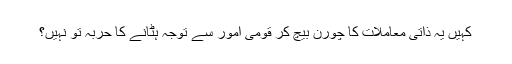
کہیں یہ ذاتی معاملات کا چورن بیچ کر قومی امور سے توجہ ہٹانے کا حربہ تو نہیں؟